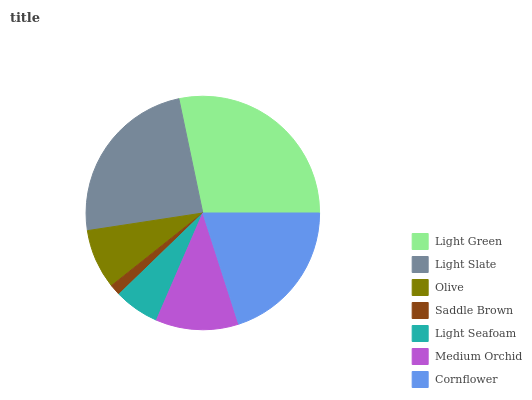
| Light Green | Light Slate | Olive | Saddle Brown | Light Seafoam | Medium Orchid | Cornflower |
 | --- | --- | --- | --- | --- | --- | --- |
 | 28.3% | 24.2% | 8.28% | 1.55% | 6.25% | 11.4% | 20% |